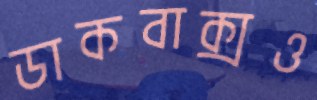
ডাকবাক্সও